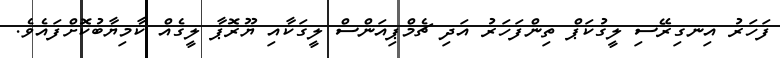
ފަހަރު އިނގިރޭސި ލީގުކަޕް ތިންފަހަރު އަދި ޗެމްޕިއަންސް ލީގަކާއި ޔޫރޮޕާ ލީގެއް ކާމިޔާބުކޮށްފައެވެ.